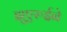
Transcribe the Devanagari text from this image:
झुएरुईने